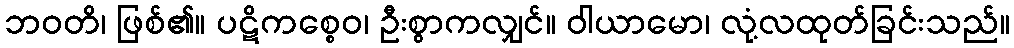
ဘဝတိ၊ ဖြစ်၏။ ပဋိကစ္စေဝ၊ ဦးစွာကလျှင်။ ဝါယာမော၊ လုံ့လထုတ်ခြင်းသည်။